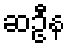
ဆဦန